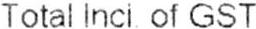
TOTAL INCL OF GST